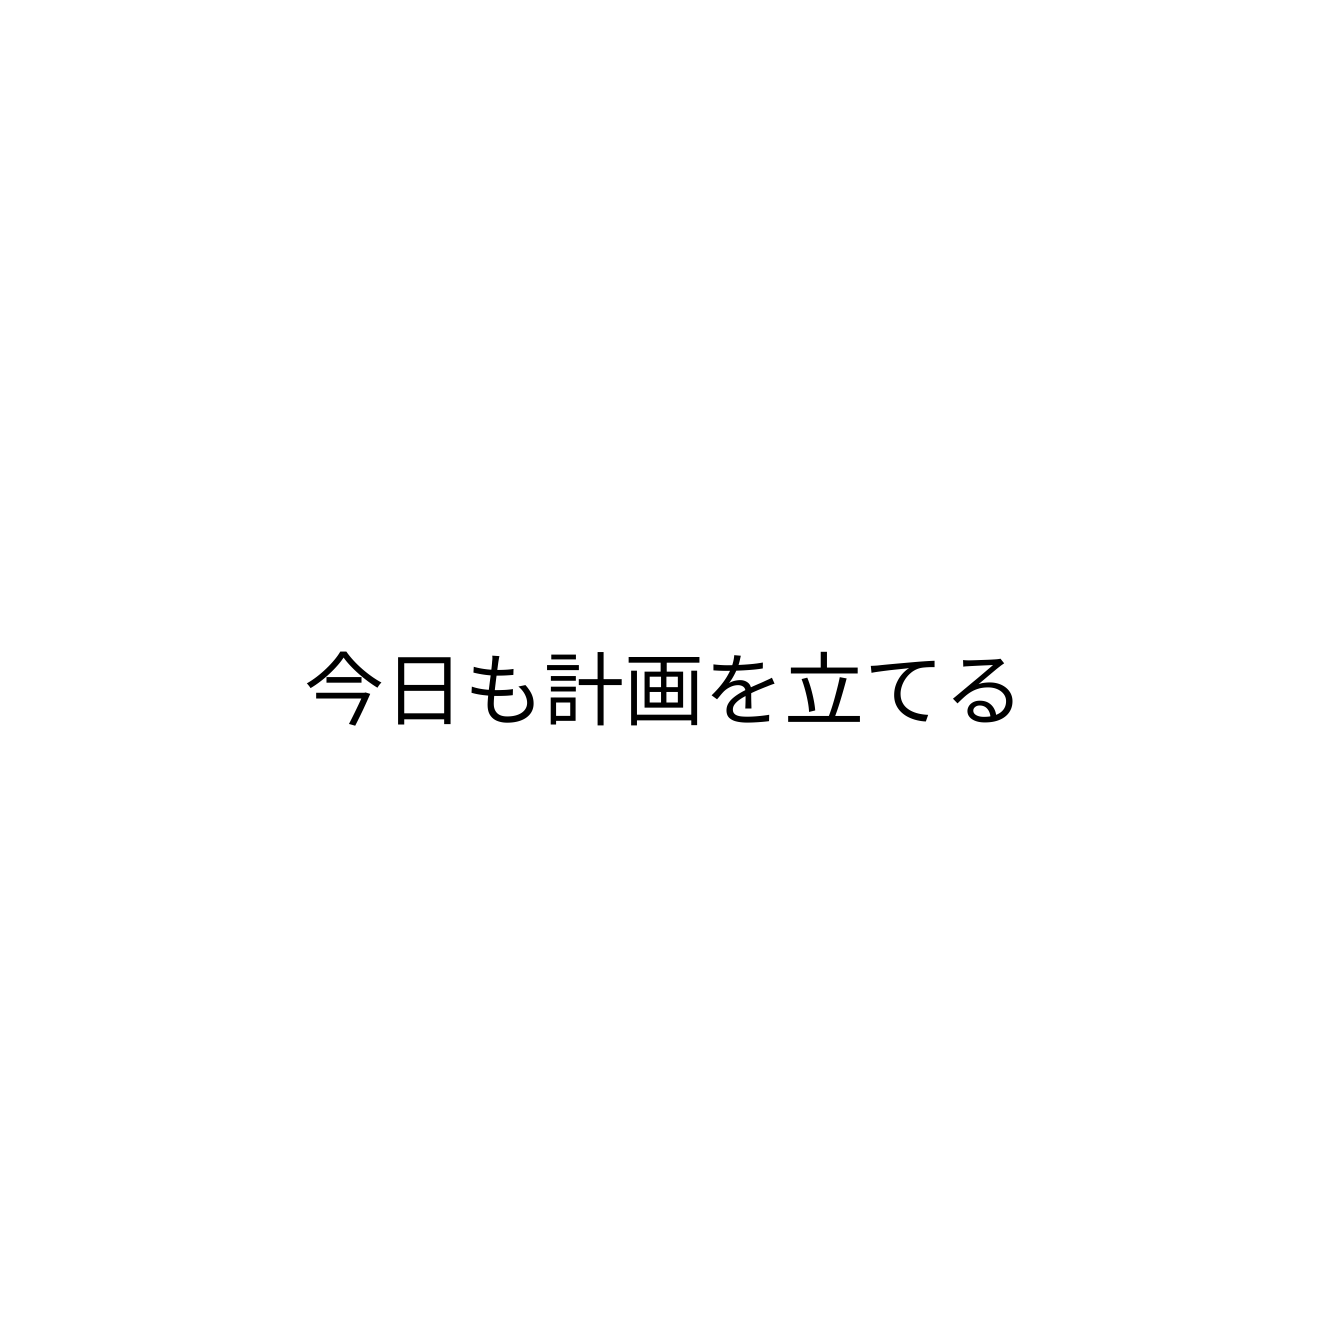
今日も計画を立てる